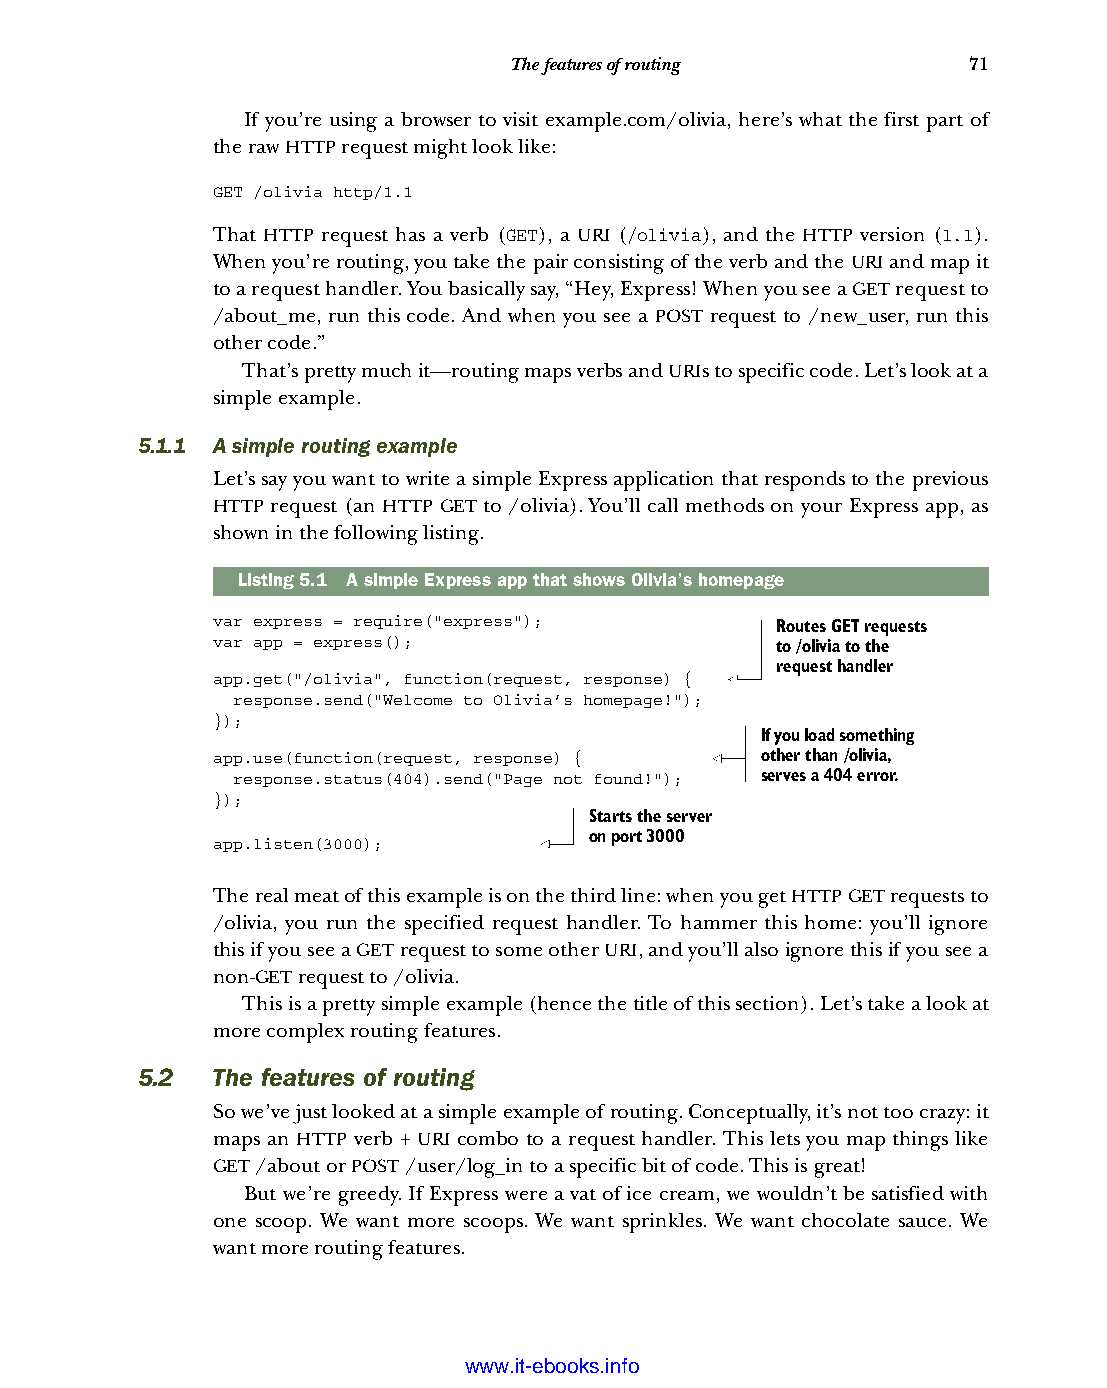
The features of routing       71
 If you’re using a browser to visit example.com/olivia, here’s what the first part of
 the raw HTTP request might look like:
 GET /olivia http/1.1
 That HTTP request has a verb (GET), a URI (/olivia), and the HTTP version (1.1).
 When you’re routing, you take the pair consisting of the verb and the URI and map it
 to a request handler. You basically say, “Hey, Express! When you see a GET request to
 /about_me, run this code. And when you see a POST request to /new_user, run this
 other code.”
 That’s pretty much it—routing maps verbs and URIs to specific code. Let’s look at a
 simple example.
 5.1.1 A simple routing example
 Let’s say you want to write a simple Express application that responds to the previous
 HTTP request (an HTTP GET to /olivia). You’ll call methods on your Express app, as
 shown in the following listing.
 Listing5.1 A simple Express app that shows Olivia’s homepage
 var express = require("express");
 Routes GET requests
 var app = express();                 to /olivia to the
 request handler
 app.get("/olivia", function(request, response) {
 response.send("Welcome to Olivia’s homepage!");
 });
 If you load something
 app.use(function(request, response) { other than /olivia,
 response.status(404).send("Page not found!"); serves a 404 error.
 });
 Starts the server
 on port 3000
 app.listen(3000);
 The real meat of this example is on the third line: when you get HTTP GET requests to
 /olivia, you run the specified request handler. To hammer this home: you’ll ignore
 this if you see a GET request to some other URI, and you’ll also ignore this if you see a
 non-GET request to /olivia.
 This is a pretty simple example (hence the title of this section). Let’s take a look at
 more complex routing features.
 5.2  The features of routing
 So we’ve just looked at a simple example of routing. Conceptually, it’s not too crazy: it
 maps an HTTP verb + URI combo to a request handler. This lets you map things like
 GET /about or POST /user/log_in to a specific bit of code. This is great!
 But we’re greedy. If Express were a vat of ice cream, we wouldn’t be satisfied with
 one scoop. We want more scoops. We want sprinkles. We want chocolate sauce. We
 want more routing features.
 Licensed wtow w <.mit-ielebro.8o8k8s@.ingfomail.com>